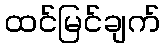
ထင်မြင်ချက်